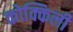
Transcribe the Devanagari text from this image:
कोक्किली